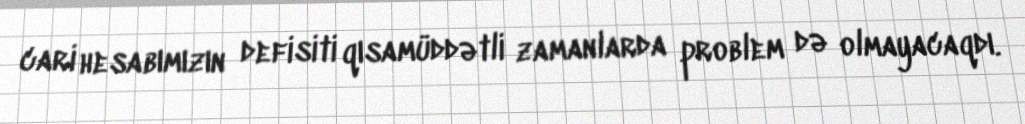
cari hesabımızın defisiti qısamüddətli zamanlarda problem də olmayacaqdı.